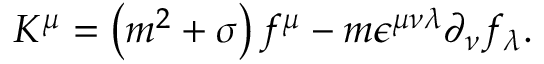
K ^ { \mu } = \left( m ^ { 2 } + \sigma \right) f ^ { \mu } - m \epsilon ^ { \mu \nu \lambda } \partial _ { \nu } f _ { \lambda } .